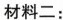
材料二：